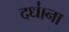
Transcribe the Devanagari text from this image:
दधा॑ना